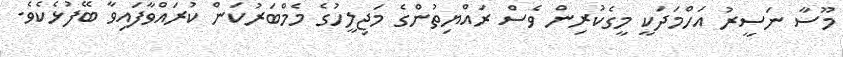
މޫސާ ނަސީރު އަހްމަދަކީ މީގެކުރިން ވެސް ރައްޔިތުންގެ މަޖިލީހުގެ މެމްބަރުކަން ކުރައްވާފައިވާ ބޭފުޅެކެވެ.